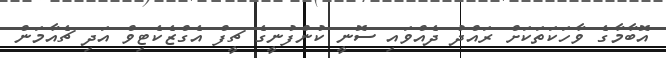
އޮބާމާގެ ވާހަކަތަކަށް ރައްދު ދެއްވައި ސޮނީ ކުންފުނީގެ ޗީފް އެގްޒެކެޓިވް އަދި ޗެއާމަން